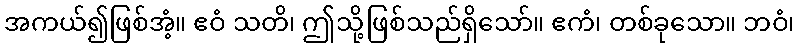
အကယ်၍ဖြစ်အံ့။ ဧဝံ သတိ၊ ဤသို့ဖြစ်သည်ရှိသော်။ ဧကံ၊ တစ်ခုသော။ ဘဝံ၊